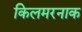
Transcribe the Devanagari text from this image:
किलमरनाक